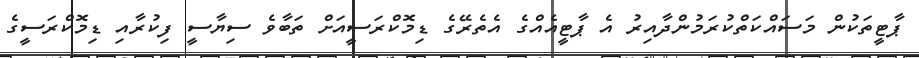
ޕާޓީތަކުން މަސައްކަތްކުރަމުންދާއިރު އެ ޕާޓީއެއްގެ އެތެރޭގެ ޑިމޮކްރަސީއަށް ތަބާވެ ސިޔާސީ ފިކުރާއި ޑިމޮކްރަސީގެ